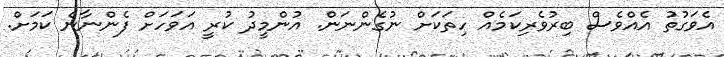
އެވަގުތު އެއްވެސް ބިރުވެރިކަމެއް ހިތަކަށް ނުގެންނަން. އުންމީދު ކުރީ އަވަހަށް ފެންނާނެ ކަމަށް.